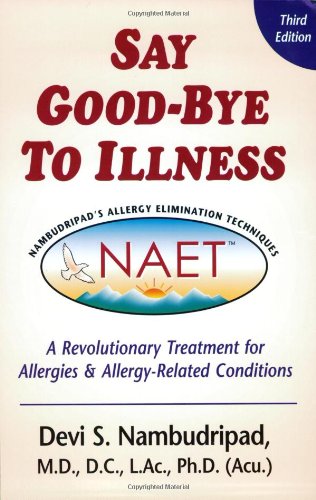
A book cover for Say Good-Bye to Illness (3rd Edition); Devi S. Nambudripad; Health, Fitness & Dieting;